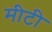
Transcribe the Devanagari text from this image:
मीटी